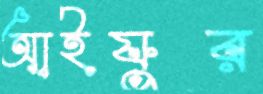
আইয়ুর